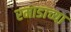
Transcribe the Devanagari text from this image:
रमाडाच्या